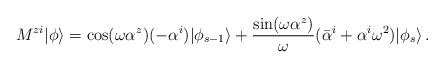
LaTeX: \begin{align*}M^{zi}|\phi\rangle=\cos(\omega \alpha^z)(-\alpha^i)|\phi_{s-1}\rangle+\frac{\sin (\omega \alpha^z)}{\omega}(\bar{\alpha}^i+\alpha^i\omega^2)|\phi_s\rangle\,.\end{align*}